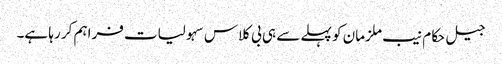
جیل حکام نیب ملزمان کو پہلے سے ہی بی کلاس سہولیات فراہم کر رہا ہے۔